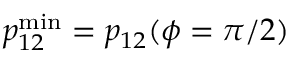
p _ { 1 2 } ^ { \mathrm { m i n } } = p _ { 1 2 } ( \phi = \pi / 2 )